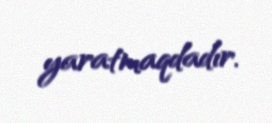
yaratmaqdadır.